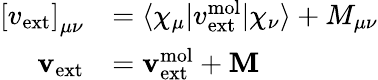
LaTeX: \begin{array}{rl}{\left[v_{\mathrm{ext}}\right]_{\mu\nu}}&{=\langle\chi_{\mu}|v_{\mathrm{ext}}^{\mathrm{mol}}|\chi_{\nu}\rangle+M_{\mu\nu}}\\ {\mathbf{v}_{\mathrm{ext}}}&{=\mathbf{v}_{\mathrm{ext}}^{\mathrm{mol}}+\mathbf{M}}\end{array}